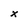
Character: x